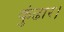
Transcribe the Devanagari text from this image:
कुंढार।